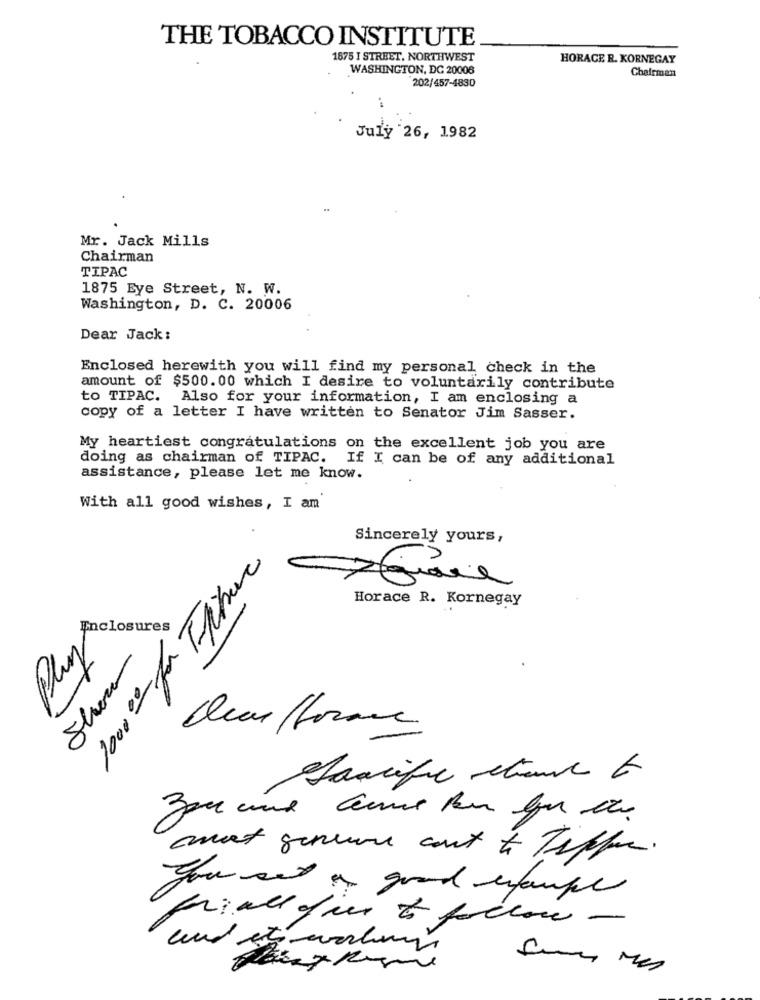
THE TOBACCO INSTITUTE
1575 I STREET, NORTHWEST
HORACE R. KORNEGAY
WASHINGTON, DC 20006
Chairman
202/457-4830
July 26, 1982
Mr. Jack Mills
Chairman
TIPAC
1875 Eye Street, N. W.
Washington, D. C. 20006
Dear Jack:
Enclosed herewith you will find my personal check in the
amount of $500.00 which I desire to voluntarily contribute
to TIPAC.
Also for your information, I am enclosing a
copy of a letter I have written to Senator Jim Sasser.
My heartiest congratulations on the excellent job you are
doing as chairman of TIPAC. If I can be of any additional
assistance, please let me know.
With all good wishes, I am
100000 fr Fiche
Sincerely yours,
Horace R. Kornegay
Enclosures
Play
Show
Sacrifie Stane 6
avant genaue cont to Tippe.
you set a good example
friaug
que to follow -
und et-